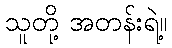
သူတို့ အတန်းရဲ့။